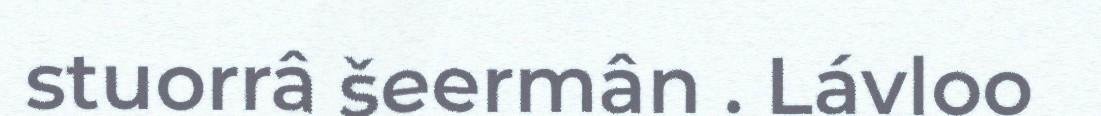
stuorrâ šeermân . Lávloo